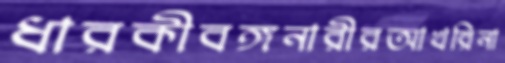
ধারকীবঙ্গনারীরআখরিনা